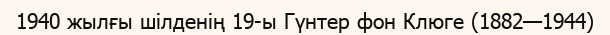
1940 жылғы шілденің 19-ы Гүнтер фон Клюге (1882—1944)